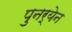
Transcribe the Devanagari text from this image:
पुनर्येन